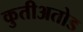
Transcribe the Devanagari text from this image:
कुतीअतोड